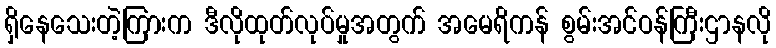
ရှိနေသေးတဲ့ကြားက ဒီလိုထုတ်လုပ်မှုအတွက် အမေရိကန် စွမ်းအင်ဝန်ကြီးဌာနလို